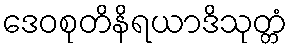
ဒေဝစုတိနိရယာဒိသုတ္တံ